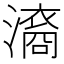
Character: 㵝